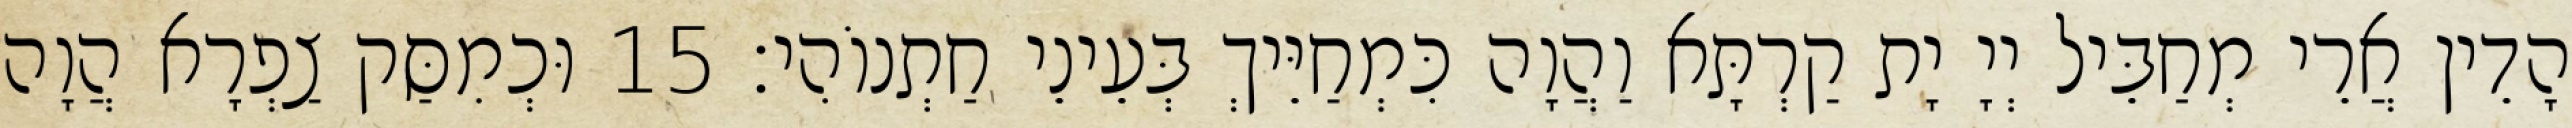
הָדֵין אֲרֵי מְחַבֵּיל יְיָ יָת קַרְתָּא וַהֲוָה כִּמְחַיֵּיךְ בְּעֵינֵי חַתְנוֹהִי׃ 15 וּכְמִסַּק צַפְרָא הֲוָה